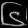
Digit: ၆